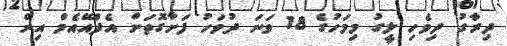
ދިރާގު ދިވެހި ލީގު މިމަހުގެ 18 ވަނަ ދުވަހު ފަށާގޮތަށް އެފްއޭއެމް އިން